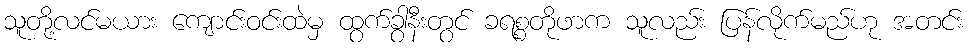
သူတို့လင်မယား ကျောင်းဝင်းထဲမှ ထွက်ခွာနီးတွင် ခရစ္စတိုဖာက သူလည်း ပြန်လိုက်မည်ဟု အတင်း